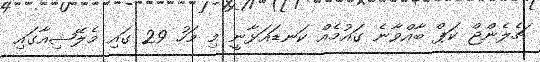
ޗެލެންޖް ކަޕް ބާއްވާނެ ގައުމެއް ކަނޑައަޅާނީ މި މަހު 29 ގައި މެލޭޝިއާގައި